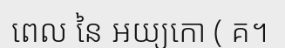
ពេល នៃ អយ្យកោ ( គ។